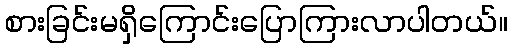
စားခြင်းမရှိကြောင်းပြောကြားလာပါတယ်။